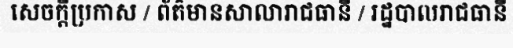
សេចក្តីប្រកាស / ព័ត៌មានសាលារាជធានី / រដ្ឋបាលរាជធានី